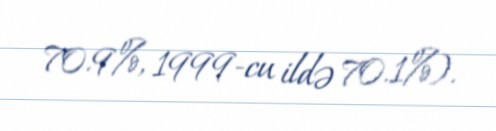
70.9%, 1999-cu ildə 70.1%).